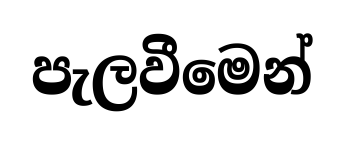
පැලවීමෙන්